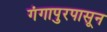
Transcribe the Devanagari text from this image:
गंगापुरपासून